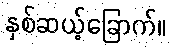
နှစ်ဆယ့်ခြောက်။